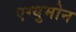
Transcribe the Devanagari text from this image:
एग्युमोन